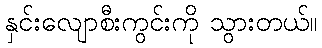
နှင်းလျောစီးကွင်းကို သွားတယ်။